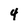
Character: 4